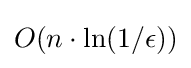
O(n\cdot \ln(1/\epsilon ))